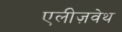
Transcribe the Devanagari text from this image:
एलीज़वेथ